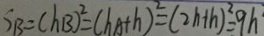
S _ { B } = ( h B ) ^ { 2 } = ( h A + h ) ^ { 2 } = ( 2 h + h ) ^ { 2 } = 9 h